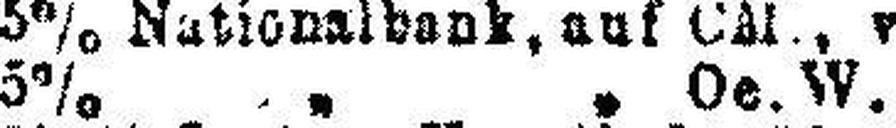
5% „ „ Oe. W. „